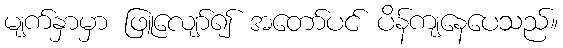
မျက်နှာမှာ ဖြူလျော်၍ အတော်ပင် ပိန်ကျနေပေသည်။